Vaccination in Burma 1920-1933 - 1920-1933
Year: 1920
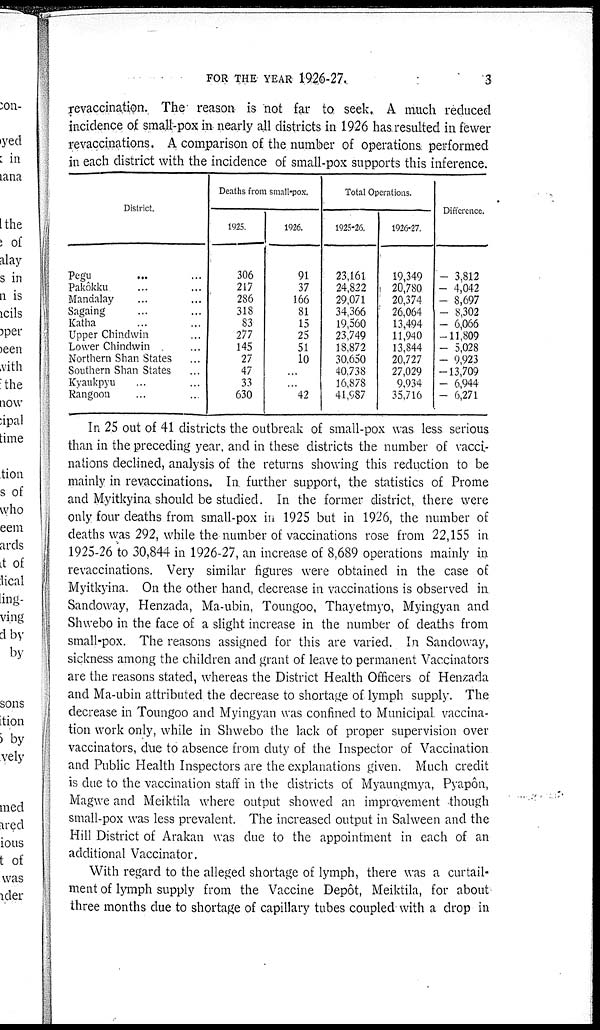
FOR THE YEAR 1926-27.
3
revaccination. The reason is not far to seek. A much reduced
incidence of small-pox in nearly all districts in 1926 has. resulted in fewer
revaccinations. A comparison of the number of operations performed
in each district with the incidence of small-pox supports this inference.
District.
Pegu... ... ... ...
Pakôkku... ... ... ...
Mandalay... ... ...
Sagaing... ... ... ...
Katha... ... ... ...
Upper Chindwin... ... ... ...
Lower Chindwin... ... ...
Northern Shan States... ... ...
Southern Shan States... ... ... ...
Kyaukpyu... ... ... ...
Rangoon... ... ... ...
Deaths from small-pox.
1925.
306
217
286
318
83
277
145
27
47
33
630
1926.
91
37
166
81
15
25
51
10
...
...
42
Total Operations.
1925-26.
23,161
24,822
29,071
34,366
19,560
23,749
18,872
30,650
40,738
16,878
41,987
1926-27.
19,349
20,780
20,374
26,064
13,494
11,940
13,844
20,727
27,029
9,934
35,716
Difference.
— 3,812
— 4,042
— 8,697
— 8,302
— 6,066
—11,809
— 5,028
— 9,923
—13,709
— 6,944
— 6,271
In 25 out of 41 districts the outbreak of small-pox was less serious
than in the preceding year, and in these districts the number of vacci-
nations declined, analysis of the returns showing this reduction to be
mainly in revaccinations. In further support, the statistics of Prome
and Myitkyina should be studied. In the former district, there were
only four deaths from small-pox in 1925 but in 1926, the number of
deaths was 292, while the number of vaccinations rose from 22,155 in
1925-26 to 30,844 in 1926-27, an increase of 8,689 operations mainly in
revaccinations. Very similar figures were obtained in the case of
Myitkyina. On the other hand, decrease in vaccinations is observed in
Sandoway, Henzada, Ma-ubin, Toungoo, Thayetmyo, Myingyan and
Shwebo in the face of a slight increase in the number of deaths from
small-pox. The reasons assigned for this are varied. In Sandoway,
sickness among the children and grant of leave to permanent Vaccinators
are the reasons stated, whereas the District Health Officers of Henzada
and Ma-ubin attributed the decrease to shortage of lymph supply. The
decrease in Toungoo and Myingyan was confined to Municipal vaccina-
tion work only, while in Shwebo the lack of proper supervision over
vaccinators, due to absence from duty of the Inspector of Vaccination
and Public Health Inspectors are the explanations given. Much credit
is due to the vaccination staff in the districts of Myaungmya, Pyapôn,
Magwe and Meiktila where output showed an improvement -though
small-pox was less prevalent. The increased output in Salween and the
Hill District of Arakan was due to the appointment in each of an
additional Vaccinator.
With regard to the alleged shortage of lymph, there was a curtail-
ment of lymph supply from the Vaccine Depôt, Meiktila, for about
three months due to shortage of capillary tubes coupled with a drop in